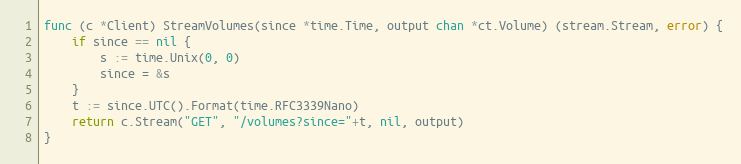
Language: Go
func (c *Client) StreamVolumes(since *time.Time, output chan *ct.Volume) (stream.Stream, error) {
	if since == nil {
		s := time.Unix(0, 0)
		since = &s
	}
	t := since.UTC().Format(time.RFC3339Nano)
	return c.Stream("GET", "/volumes?since="+t, nil, output)
}